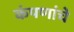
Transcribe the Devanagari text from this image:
कंपणांचे